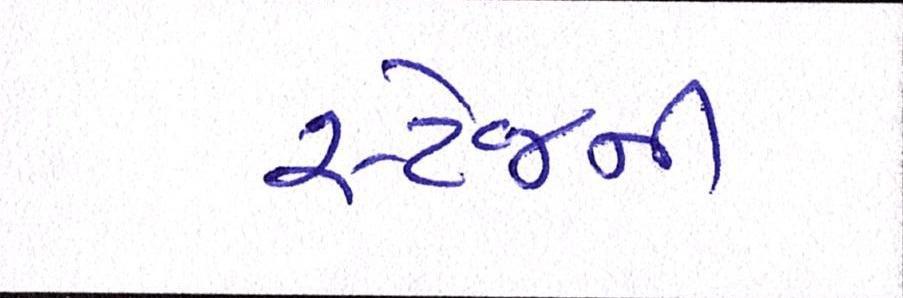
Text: સ્ટેજની